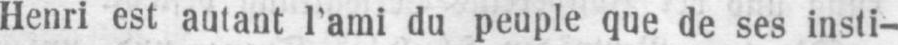
Henri est autant l’ami du peuple que de ses insti-